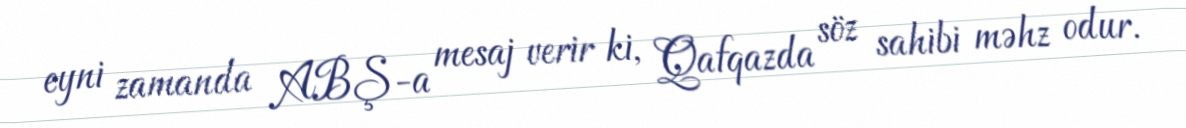
eyni zamanda ABŞ-a mesaj verir ki, Qafqazda söz sahibi məhz odur.